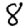
Digit: 8